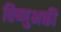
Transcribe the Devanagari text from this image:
विष्णुभक्ती